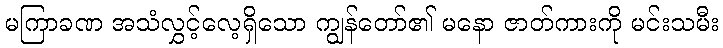
မကြာခဏ အသံလွှင့်လေ့ရှိသော ကျွန်တော်၏ မနော ဇာတ်ကားကို မင်းသမီး